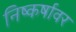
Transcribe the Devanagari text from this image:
निष्कर्षावर